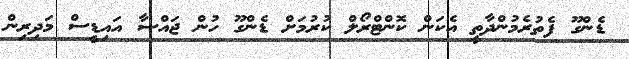
ޑެންގޫ ފެތުރެމުންދާތީ އެކަން ކޮންޓްރޯލް ކުރުމަށް ޑެންގޫ ހުން ޖައްސާ އައިޑީސް މަދިރިން